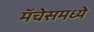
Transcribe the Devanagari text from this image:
मॅचेसमध्ये